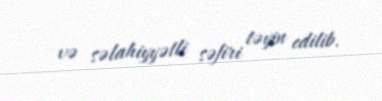
və səlahiyyətli səfiri təyin edilib.